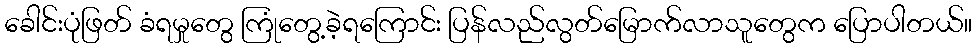
ခေါင်းပုံဖြတ် ခံရမှုတွေ ကြုံတွေ့ခဲ့ရကြောင်း ပြန်လည်လွတ်မြောက်လာသူတွေက ပြောပါတယ်။